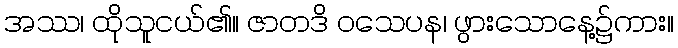
အဿ၊ ထိုသူငယ်၏။ ဇာတဒိ ဝသေပန၊ ဖွားသောနေ့၌ကား။